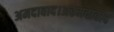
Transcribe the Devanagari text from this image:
अमदावाद।अहमदाबाद